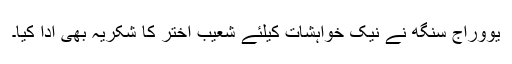
یووراج سنگھ نے نیک خواہشات کیلئے شعیب اختر کا شکریہ بھی ادا کیا۔